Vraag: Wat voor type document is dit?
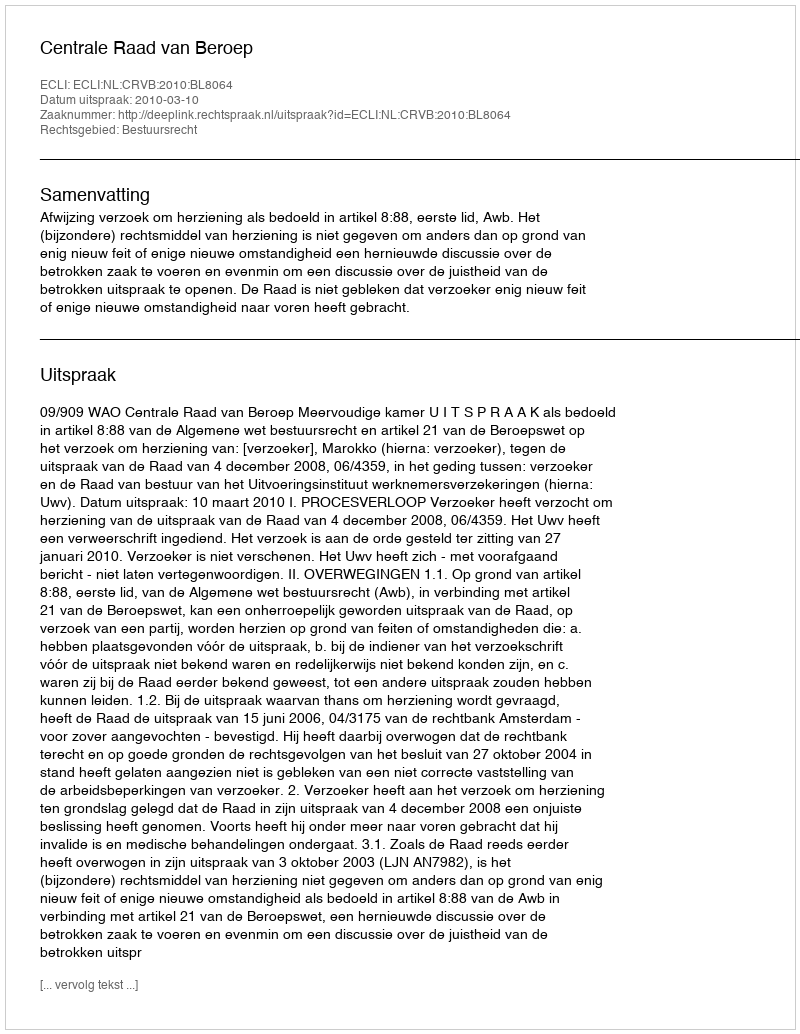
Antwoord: Uitspraak